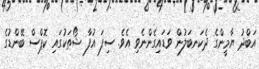
އަބްދު ޔާމީންގެ ދެކަނބަލުން ވަޑައިގެންނެވި އެވެ. ސިފަ އުފާ ޝޯތަކުގައި ކޮޕްސް ބޭންޑުގެ